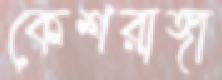
কেশরাঙ্গা